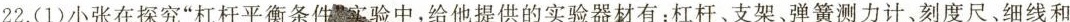
22.(1)小张在探究”杠杆平衡条件”实验中，给他提供的实验器材有：杠杆、支架、弹簧测力计、刻度尺、细线和